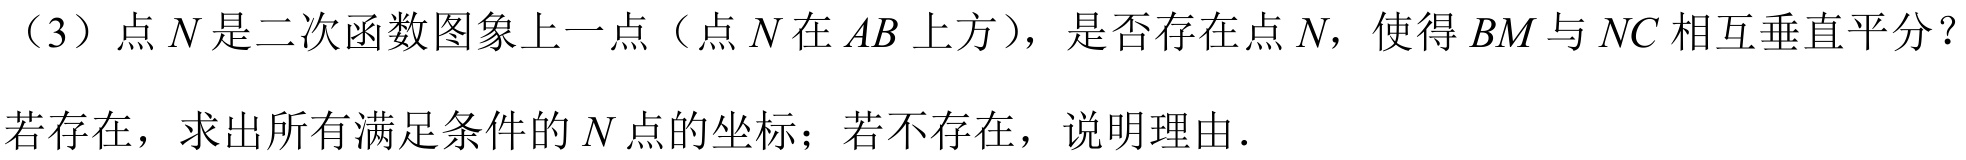
（3）点 \(N\) 是二次函数图象上一点（点 \(N\) 在 \(AB\) 上方），是否存在点 \(N\)，使得 \(BM\) 与 \(NC\) 相互垂直平分？若存在，求出所有满足条件的 \(N\) 点的坐标；若不存在，说明理由.